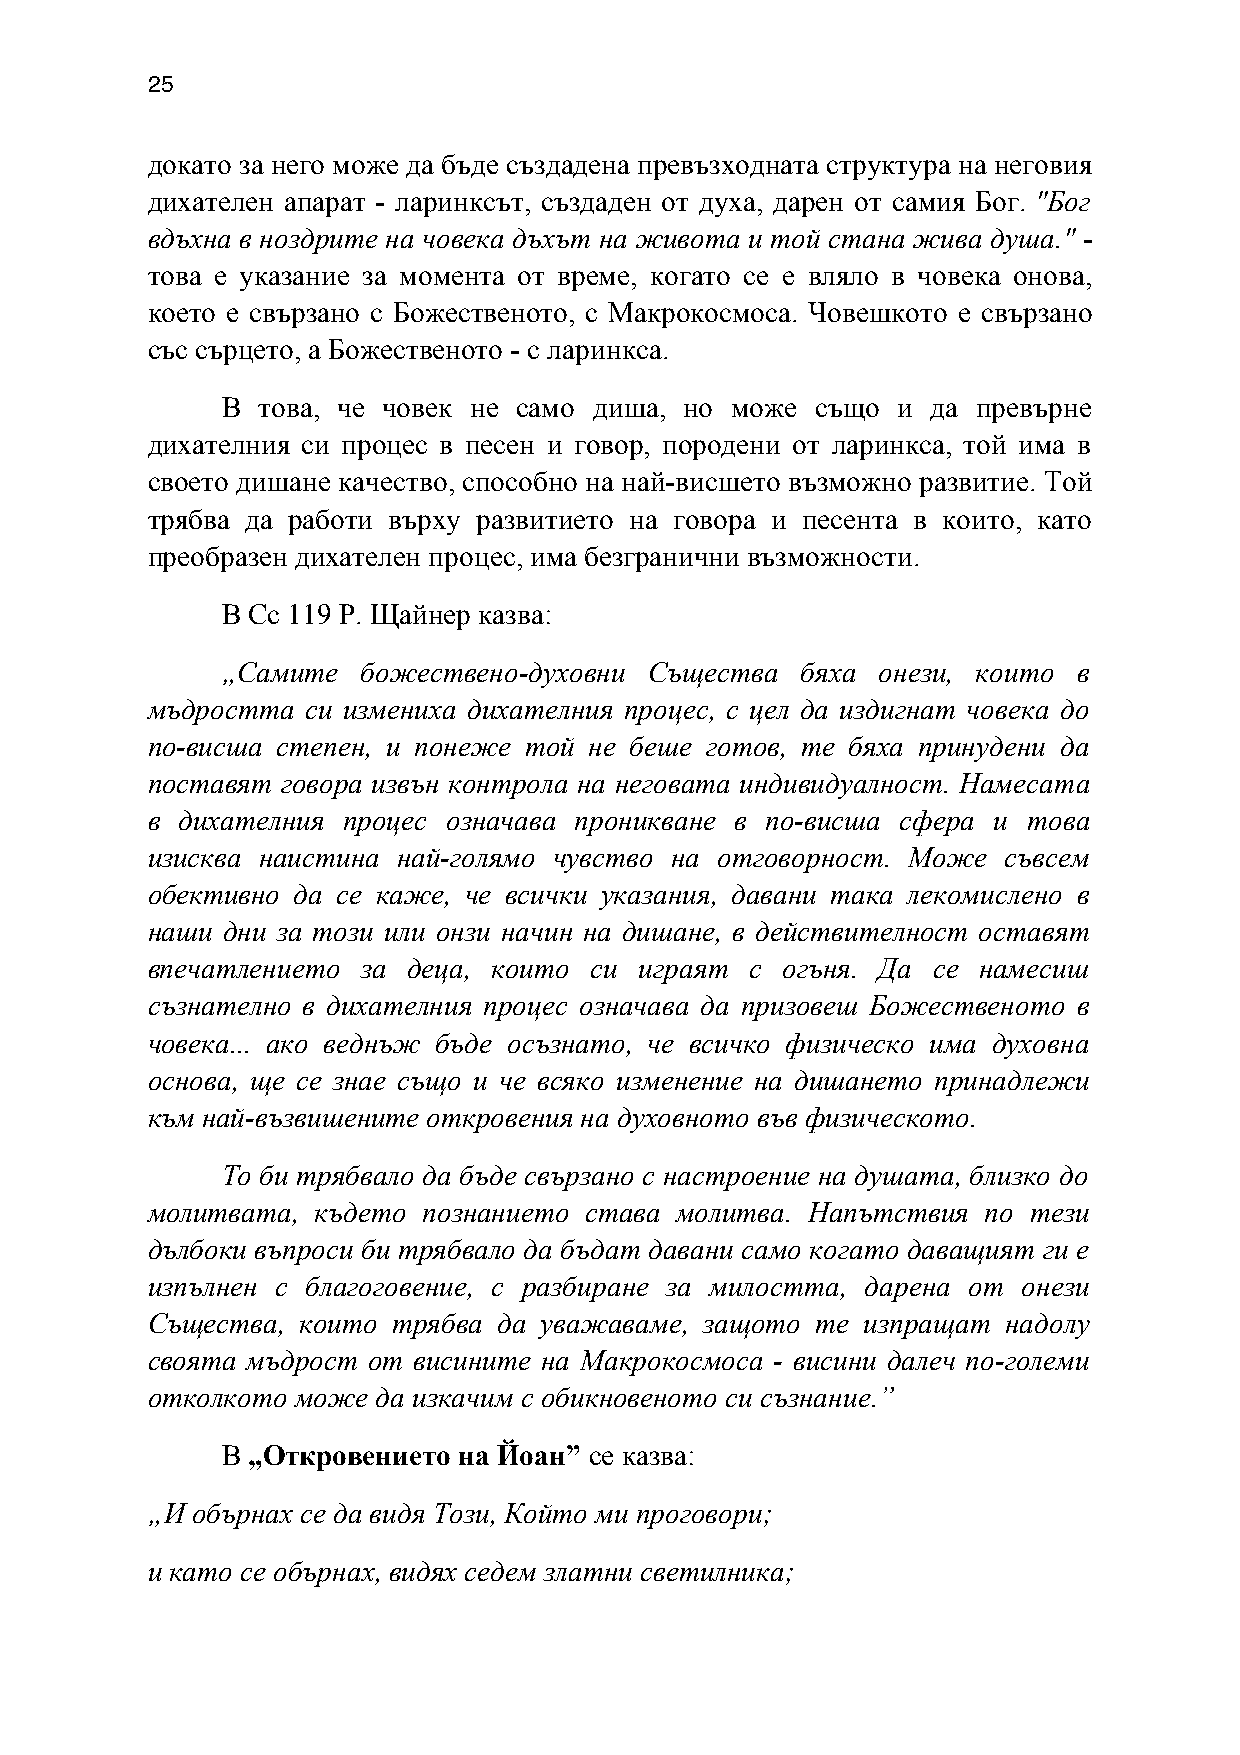
25
 докато за него може да бъде създадена превъзходната структура на неговия
 дихателен апарат - ларинксът, създаден от духа, дарен от самия Бог. "Бог
 вдъхна в ноздрите на човека дъхът на живота и той стана жива душа." -
 това е указание за момента от време, когато се е вляло в човека онова,
 което е свързано с Божественото, с Макрокосмоса. Човешкото е свързано
 със сърцето, а Божественото - с ларинкса.
 В това, че човек не само диша, но може също и  да превърне
 дихателния си процес в песен и говор, породени от ларинкса, той има в
 своето дишане качество, способно на най-висшето възможно развитие. Той
 трябва да работи върху развитието на говора и песента в които, като
 преобразен дихателен процес, има безгранични възможности.
 В Сс 119 Р. Щайнер казва:
 „Самите  божествено-духовни Същества  бяха онези, които в
 мъдростта си измениха дихателния процес, с цел да издигнат човека до
 по-висша степен, и понеже той не беше готов, те бяха принудени да
 поставят говора извън контрола на неговата индивидуалност. Намесата
 в дихателния процес означава проникване в по-висша сфера и това
 изисква наистина най-голямо чувство на отговорност. Може съвсем
 обективно да се каже, че всички указания, давани така лекомислено в
 наши дни за този или онзи начин на дишане, в действителност оставят
 впечатлението за деца, които си играят  с огъня. Да се намесиш
 съзнателно в дихателния процес означава да призовеш Божественото в
 човека... ако веднъж бъде осъзнато, че всичко физическо има духовна
 основа, ще се знае също и че всяко изменение на дишането принадлежи
 към най-възвишените откровения на духовното във физическото.
 То би трябвало да бъде свързано с настроение на душата, близко до
 молитвата, където познанието става молитва. Напътствия по тези
 дълбоки въпроси би трябвало да бъдат давани само когато даващият ги е
 изпълнен с благоговение, с разбиране за милостта, дарена от онези
 Същества, които трябва да уважаваме, защото те изпращат  надолу
 своята мъдрост от висините на Макрокосмоса - висини далеч по-големи
 отколкото може да изкачим с обикновеното си съзнание.”
 В „Откровението на Йоан” се казва:
 „И обърнах се да видя Този, Който ми проговори;
 и като се обърнах, видях седем златни светилника;